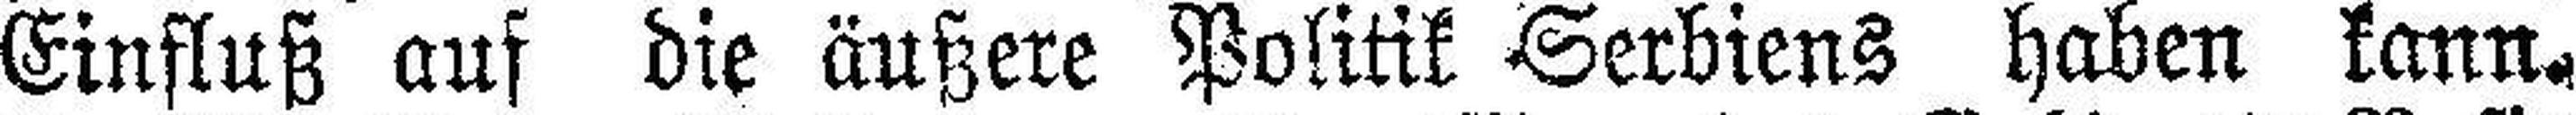
Einfluß auf die äußere Politik Serbiens haben kann.